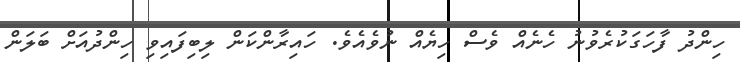
ހިންދު ފާހަގަކުރެވުނު ހެނެއް ވެސް ހިޔެއް ނުވެއެވެ. ހައިރާންކަން ލިބިފައިވި ހިންދުއަށް ބަލަން